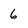
Character: 6